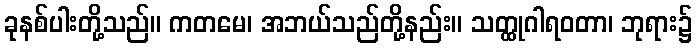
ခုနစ်ပါးတို့သည်။ ကတမေ၊ အဘယ်သည်တို့နည်း။ သတ္ထုဂါရဝတာ၊ ဘုရား၌